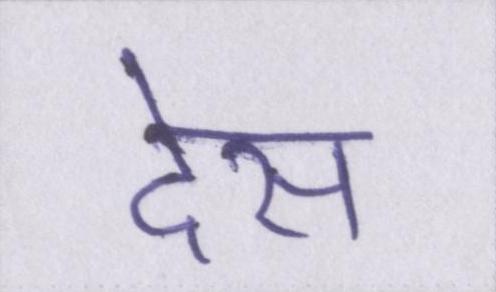
देस